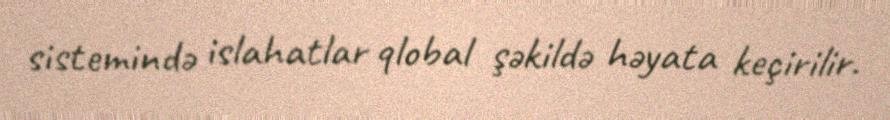
sistemində islahatlar qlobal şəkildə həyata keçirilir.